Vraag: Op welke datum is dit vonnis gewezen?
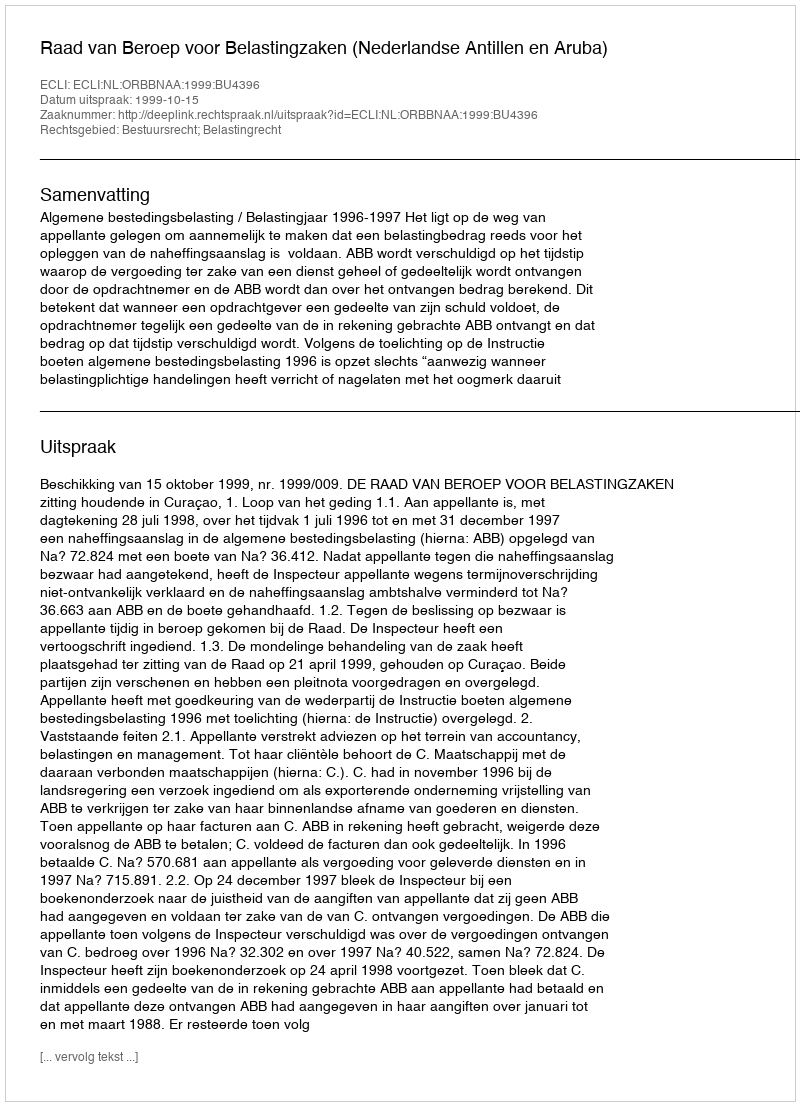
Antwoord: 1999-10-15